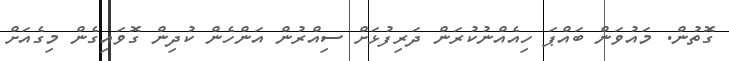
ގޮތުން. މައުވަން ބައްޕަ ހިއެއްނުކުރަން ދަރިފުޅަށް ސިއްރުން އަންހެން ކުދިން ގޮވައިގެން މިގެއަށް